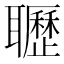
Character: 𦘊